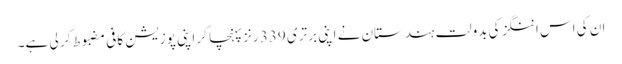
ان کی اس اننگز کی بدولت ہندستان نے اپنی برتری 339 رنز پہنچا کر اپنی پوزیشن کافی مضبوط کر لی ہے۔